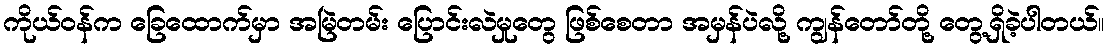
ကိုယ်ဝန်က ခြေထောက်မှာ အမြဲတမ်း ပြောင်းလဲမှုတွေ ဖြစ်စေတာ အမှန်ပဲလို့ ကျွန်တော်တို့ တွေ့ရှိခဲ့ပါတယ်။